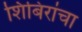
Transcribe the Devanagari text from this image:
शिबिरांचा